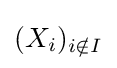
(X_{i})_{i\notin I}